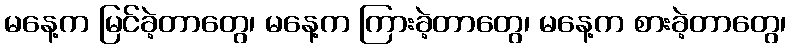
မနေ့က မြင်ခဲ့တာတွေ၊ မနေ့က ကြားခဲ့တာတွေ၊ မနေ့က စားခဲ့တာတွေ၊